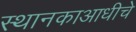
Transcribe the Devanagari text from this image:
स्थानकाआधीचे